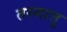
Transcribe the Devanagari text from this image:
तस्मात्तु